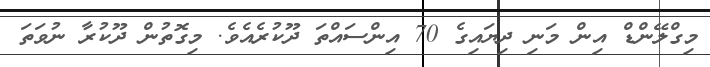
މިގްލޭންޑް އިން މަނި ދިޔައިގެ 70 އިންސައްތަ ދޫކުރެއެވެ. މިގޮތުން ދޫކުރާ ނުވަތަ